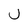
Character: u